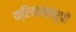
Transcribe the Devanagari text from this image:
क्रियास्वरूपों